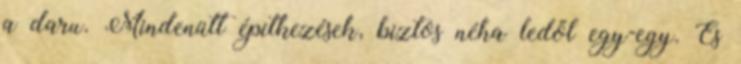
a daru. Mindenütt épitkezések, biztos néha ledől egy-egy. És